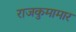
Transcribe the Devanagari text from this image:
राजकुमामार